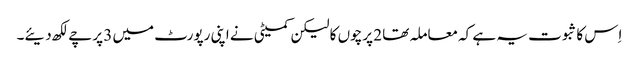
اِس کا ثبوت یہ ہے کہ معاملہ تھا 2 پرچوں کا لیکن کمیٹی نے اپنی رپورٹ میں 3 پرچے لکھ دیئے۔